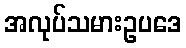
အလုပ်သမားဥပဒေ